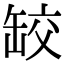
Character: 䍊